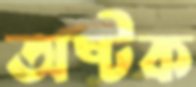
অষ্টক